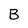
Character: B